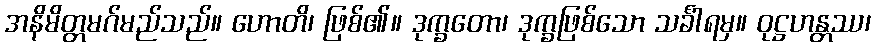
အနိမိတ္တမဂ်မည်သည်။ ဟောတိ၊ ဖြစ်၏။ ဒုက္ခတော၊ ဒုက္ခဖြစ်သော သင်္ခါရမှ။ ဝုဋ္ဌဟန္တဿ၊